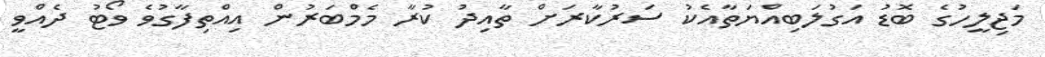
މަޖިލީހުގެ ބޮޑު އަގުލަބިއްޔަތާއެކު ސަރުކާރަށް ތާއިދު ކުރާ މެމްބަރުން އިއްތިފާގުވެ ވޯޓު ދެއްވީ